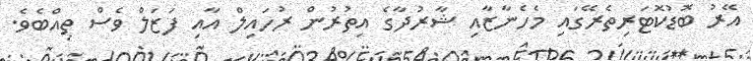
އޭރު ބޮޑުކޮޓަރިތެރޭގައި މެހެނާޒާއި ޝާރުދާގެ އިތުރުން ރުހައިލް އާއި ފަޒަލް ވެސް ތިއްބެވެ.